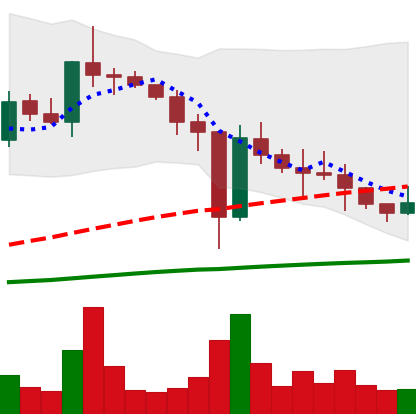
Ticker: XLM-USD
Chart end date: 2021-01-01
Forward return: 157.381%
Label: up_7plus